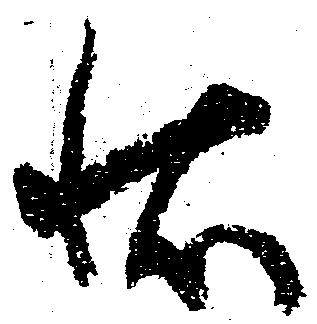
状